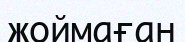
жоймаған